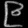
Digit: ၉